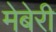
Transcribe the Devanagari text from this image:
मेबेरी